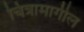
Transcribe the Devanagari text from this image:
चित्रामागील